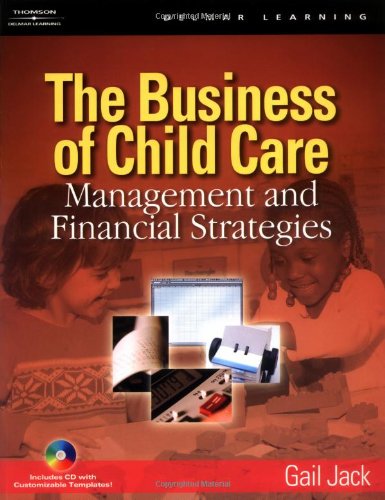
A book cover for The Business of Child Care: Management and Financial Strategies; Gail H Jack; Business & Money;